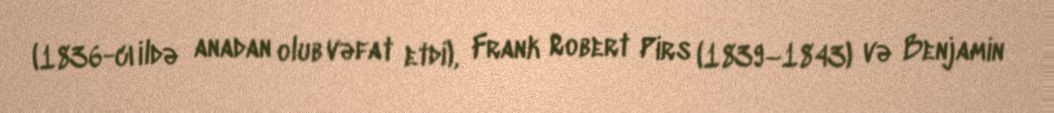
(1836-cı ildə anadan olub vəfat etdi), Frank Robert Pirs (1839–1843) və Benjamin